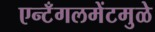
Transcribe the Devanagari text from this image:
एन्टँगलमेंटमुळे